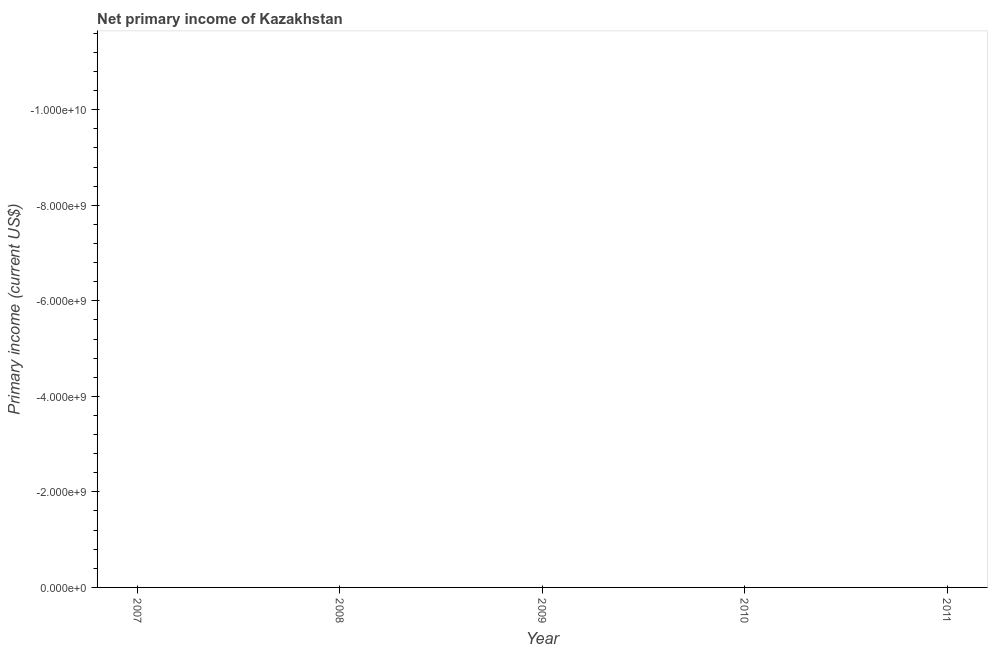
| Year | Net primary income |
 | --- | --- |
 | 2007 | -1.29e+10 |
 | 2008 | -1.94e+10 |
 | 2009 | -1.24e+10 |
 | 2010 | -1.94e+10 |
 | 2011 | -2.77e+10 |